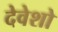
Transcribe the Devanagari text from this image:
देवेशो